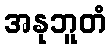
အနုဘူတံ